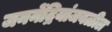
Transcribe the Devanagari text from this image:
जननेंद्रियांजवळील